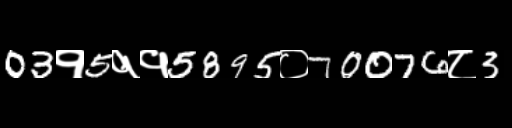
Text: 03१5११5895०70076८3